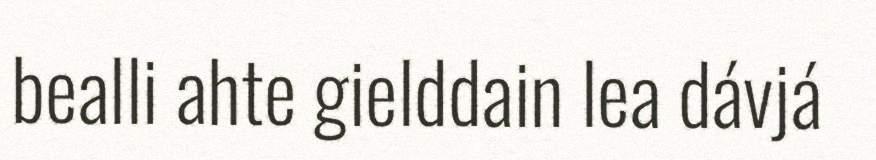
bealli ahte gielddain lea dávjá